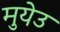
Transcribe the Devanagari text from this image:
मुयेउ